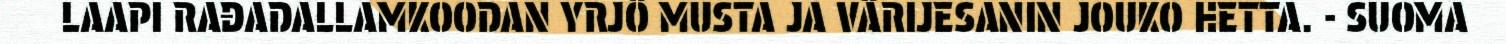
LAAPI RÁĐÁDÂLLÂMKOODÁN YRJÖ MUSTA JÁ VÄRIJESÂNIN JOUKO HETTA. - SUOMÂ